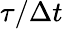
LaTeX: \tau/\Delta t